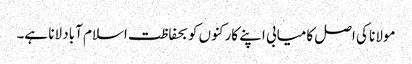
مولانا کی اصل کامیابی اپنے کارکنوں کو بحفاظت اسلام آباد لانا ہے۔